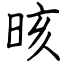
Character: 晐